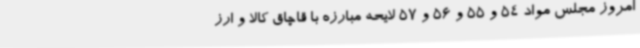
امروز مجلس مواد 54 و 55 و 56 و 57 لایحه مبارزه با قاچاق کالا و ارز